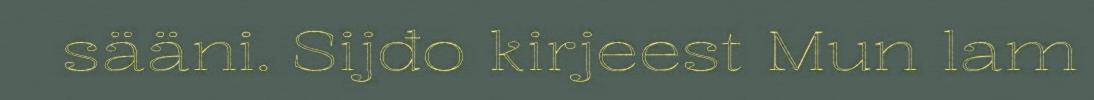
sääni. Sijđo kirjeest Mun lam